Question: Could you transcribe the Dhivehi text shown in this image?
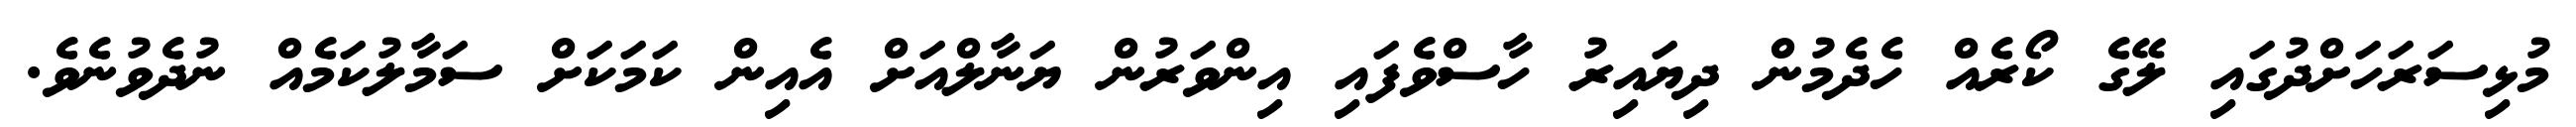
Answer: މުޅިސަރަހަށްދުގައި ލޭގެ ކޯރެއް ހެދެމުން ދިޔައިރު ހާސްވެފައި އިންވަރުން ޔަނާލްއަށް އެއިން ކަމަކަށް ސަމާލުކަމެއް ނުދެވުނެވެ.